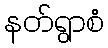
နတ်ရွာစံ